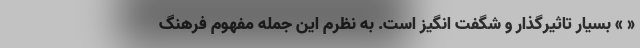
« » بسیار تاثیرگذار و شگفت انگیز است. به نظرم این جمله مفهوم فرهنگ